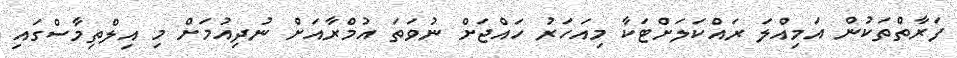
ފަރާތްތަކުން އަމިއްލަ ރައްކަލަށްޓަކާ މިއަހަރު ހައްޖަށް ނުވަތަ އުމްރާއަށް ނުދިއުމަށް މި އިލްތިމާސްގައި